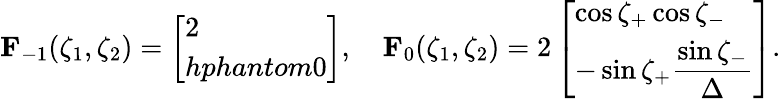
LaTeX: \mathbf F_{-1}(\zeta_{1},\zeta_{2})=\left[\begin{array}{l}{2}\\ {hphantom{0}}\end{array}\right],\quad\mathbf F_{0}(\zeta_{1},\zeta_{2})=2\left[\begin{array}{l}{\cos\zeta_{+}\cos\zeta_{-}}\\ {-\sin\zeta_{+}\displaystyle\frac{\sin\zeta_{-}}\Delta}\end{array}\right].